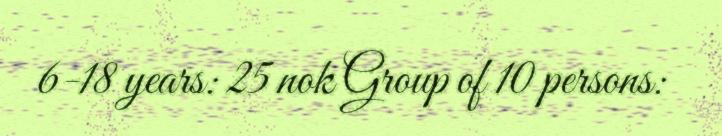
6-18 years: 25 nok Group of 10 persons: